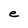
Character: e